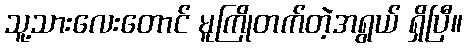
သူ့သားလေးတောင် မူကြိုတက်တဲ့အရွယ် ရှိပြီ။